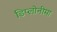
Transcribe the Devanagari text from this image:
डिप्लोनीमा